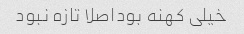
خیلی کهنه بوداصلا تازه نبود